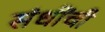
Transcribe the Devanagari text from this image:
संधींची